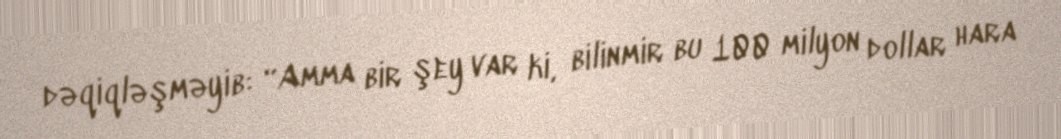
dəqiqləşməyib: “Amma bir şey var ki, bilinmir bu 100 milyon dollar hara